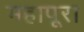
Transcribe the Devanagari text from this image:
महापूरा